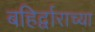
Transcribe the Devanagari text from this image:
बहिर्द्वाराच्या